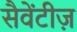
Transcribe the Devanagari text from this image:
सैवेंटीज़